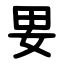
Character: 㚻